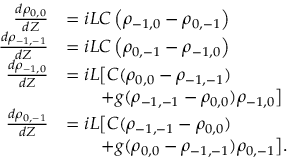
\begin{array} { r l } { \frac { d \rho _ { 0 , 0 } } { d Z } } & { = i L C \left( \rho _ { - 1 , 0 } - \rho _ { 0 , - 1 } \right) } \\ { \frac { d \rho _ { - 1 , - 1 } } { d Z } } & { = i L C \left( \rho _ { 0 , - 1 } - \rho _ { - 1 , 0 } \right) } \\ { \frac { d \rho _ { - 1 , 0 } } { d Z } } & { = i L \big [ C ( \rho _ { 0 , 0 } - \rho _ { - 1 , - 1 } ) } \\ & { \qquad + g ( \rho _ { - 1 , - 1 } - \rho _ { 0 , 0 } ) \rho _ { - 1 , 0 } \big ] } \\ { \frac { d \rho _ { 0 , - 1 } } { d Z } } & { = i L \big [ C ( \rho _ { - 1 , - 1 } - \rho _ { 0 , 0 } ) } \\ & { \qquad + g ( \rho _ { 0 , 0 } - \rho _ { - 1 , - 1 } ) \rho _ { 0 , - 1 } \big ] . } \end{array}